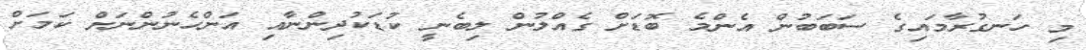
މި ހަނގުރާމައިގެ ސަބަބުން އެންމެ ބޮޑަށް ގެއްލުން ލިބެނީ ކުޑަކުދިންނާއި އަންހެނުންނަށް ކަމަށް